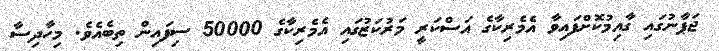
ޖަޕާނުގައި ގާއިމުކޮށްފައިވާ އެމެރިކާގެ އަސްކަރީ މަރުކަޒުގައި އެމެރިކާގެ 50000 ސިފައިން ތިބެއެވެ. މިހާދިސާ